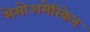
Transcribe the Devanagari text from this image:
मेसोअमेरिकेन